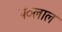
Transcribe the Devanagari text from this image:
पं०लाल